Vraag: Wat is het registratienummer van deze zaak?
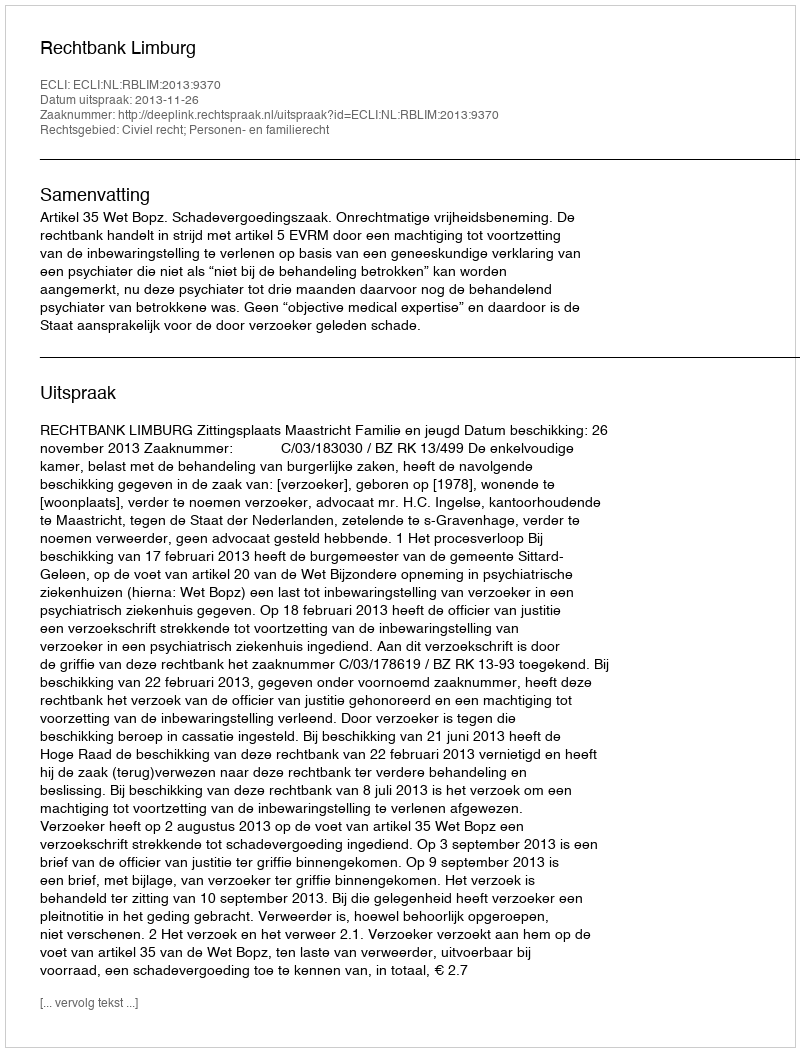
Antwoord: http://deeplink.rechtspraak.nl/uitspraak?id=ECLI:NL:RBLIM:2013:9370